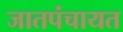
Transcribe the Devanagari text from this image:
जातपंचायत